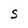
Character: S